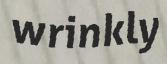
wrinkly